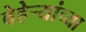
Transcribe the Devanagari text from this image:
बेहेर्‍यांच्या